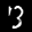
Label: 3